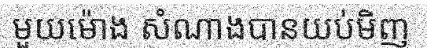
មួយម៉ោង សំណាងបានយប់មិញ